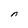
Character: n